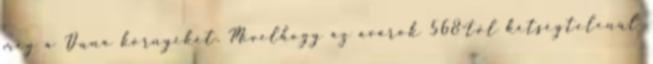
meg a Duna környékét. Mivelhogy az avarok 568-tól kétségtelenül